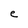
Character: e